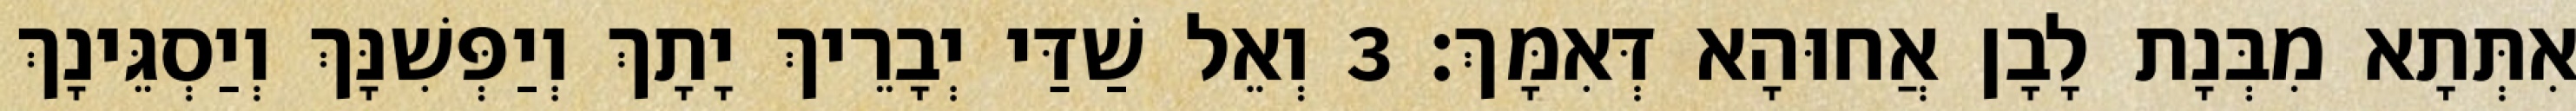
אִתְּתָא מִבְּנָת לָבָן אֲחוּהָא דְּאִמָּךְ׃ 3 וְאֵל שַׁדַּי יְבָרֵיךְ יָתָךְ וְיַפְּשִׁנָּךְ וְיַסְגֵּינָךְ